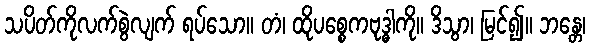
သပိတ်ကိုလက်စွဲလျက် ရပ်သော။ တံ၊ ထိုပစ္စေကဗုဒ္ဓါကို။ ဒိသွာ၊ မြင်၍။ ဘန္တေ၊